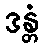
ဒန္တံ